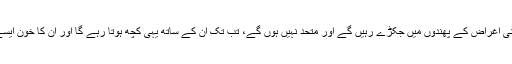
مسلمان جب تک اپنی اغراض کے پھندوں میں جکڑے رہیں گے اور متحد نہیں ہوں گے، تب تک اُن کے ساتھ یہی کچھ ہوتا رہے گا اور اُن کا خون ایسے ہی بہتا رہے گا۔